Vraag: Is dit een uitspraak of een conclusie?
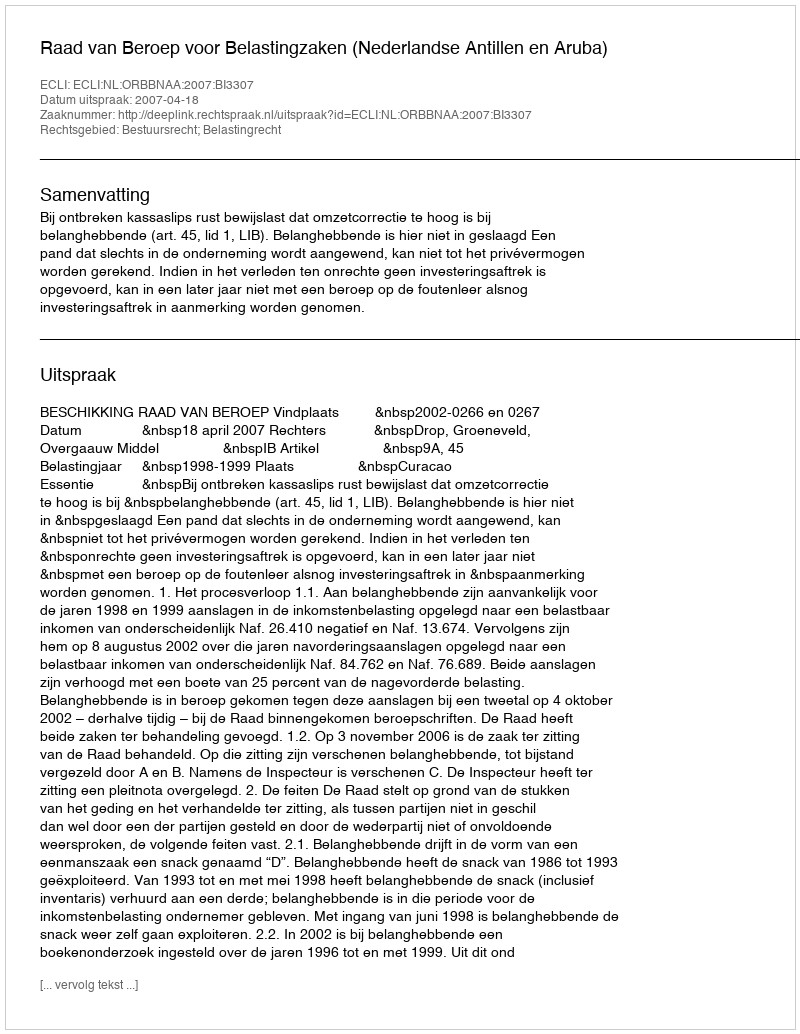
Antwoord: Uitspraak